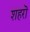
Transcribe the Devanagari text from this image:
शहरॊ